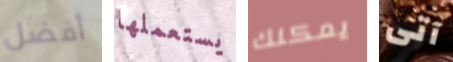
أفضل يستعملها يمكنك آتى